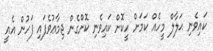
ކައިވެނި ޙަލާލް މީހެއް ކަމަށް ހީކޮށް ކައިވެނި ކޮށްގެން ޖިމާޢުވެފައި ފަހުން އެއީ